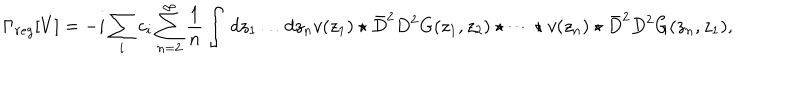
\Gamma _ { r e g } [ V ] = - i \sum _ { i } c _ { i } \sum _ { n = 2 } ^ { \infty } \frac { 1 } { n } \int \, d z _ { 1 } \dots d z _ { n } v ( z _ { 1 } ) \star \bar { D } ^ { 2 } D ^ { 2 } G ( z _ { 1 } , z _ { 2 } ) \star \dots \star v ( z _ { n } ) \star \bar { D } ^ { 2 } D ^ { 2 } G ( z _ { n } , z _ { 1 } ) ,